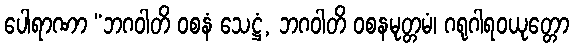
ပေါရာဏာ “ဘဂဝါတိ ဝစနံ သေဋ္ဌံ, ဘဂဝါတိ ဝစနမုတ္တမံ၊ ဂရုဂါရဝယုတ္တော